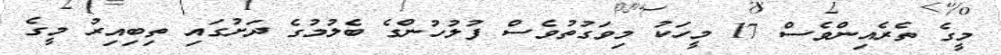
މީގެ ތެރެއިންވެސް 17 މީހަކު މިވަގުތުވެސް ފުލުހުންގެ ބެލުމުގެ ދަށުގައި ތިބިއިރު މީގެ